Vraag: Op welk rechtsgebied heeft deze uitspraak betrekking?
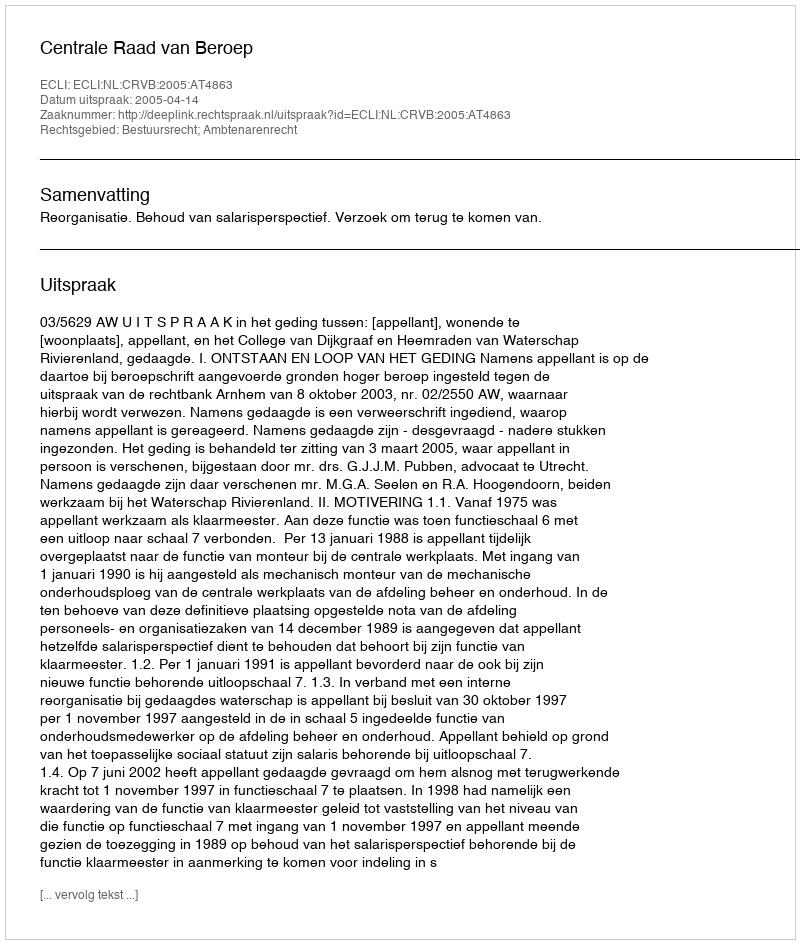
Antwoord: Bestuursrecht; Ambtenarenrecht